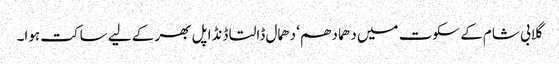
گلابی شام کے سکوت میں دھما دھم‘ دھمال ڈالتا ڈنڈا پل بھر کے لیے ساکت ہوا۔